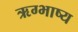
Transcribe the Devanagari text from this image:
ऋग्भाष्य